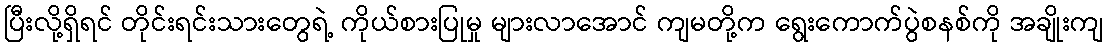
ပြီးလို့ရှိရင် တိုင်းရင်းသားတွေရဲ့ ကိုယ်စားပြုမှု များလာအောင် ကျမတို့က ရွေးကောက်ပွဲစနစ်ကို အချိုးကျ